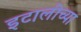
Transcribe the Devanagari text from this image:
इटालीच्या